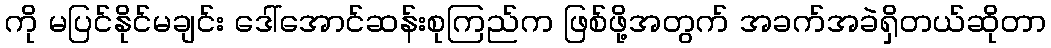
ကို မပြင်နိုင်မချင်း ဒေါ်အောင်ဆန်းစုကြည်က ဖြစ်ဖို့အတွက် အခက်အခဲရှိတယ်ဆိုတာ